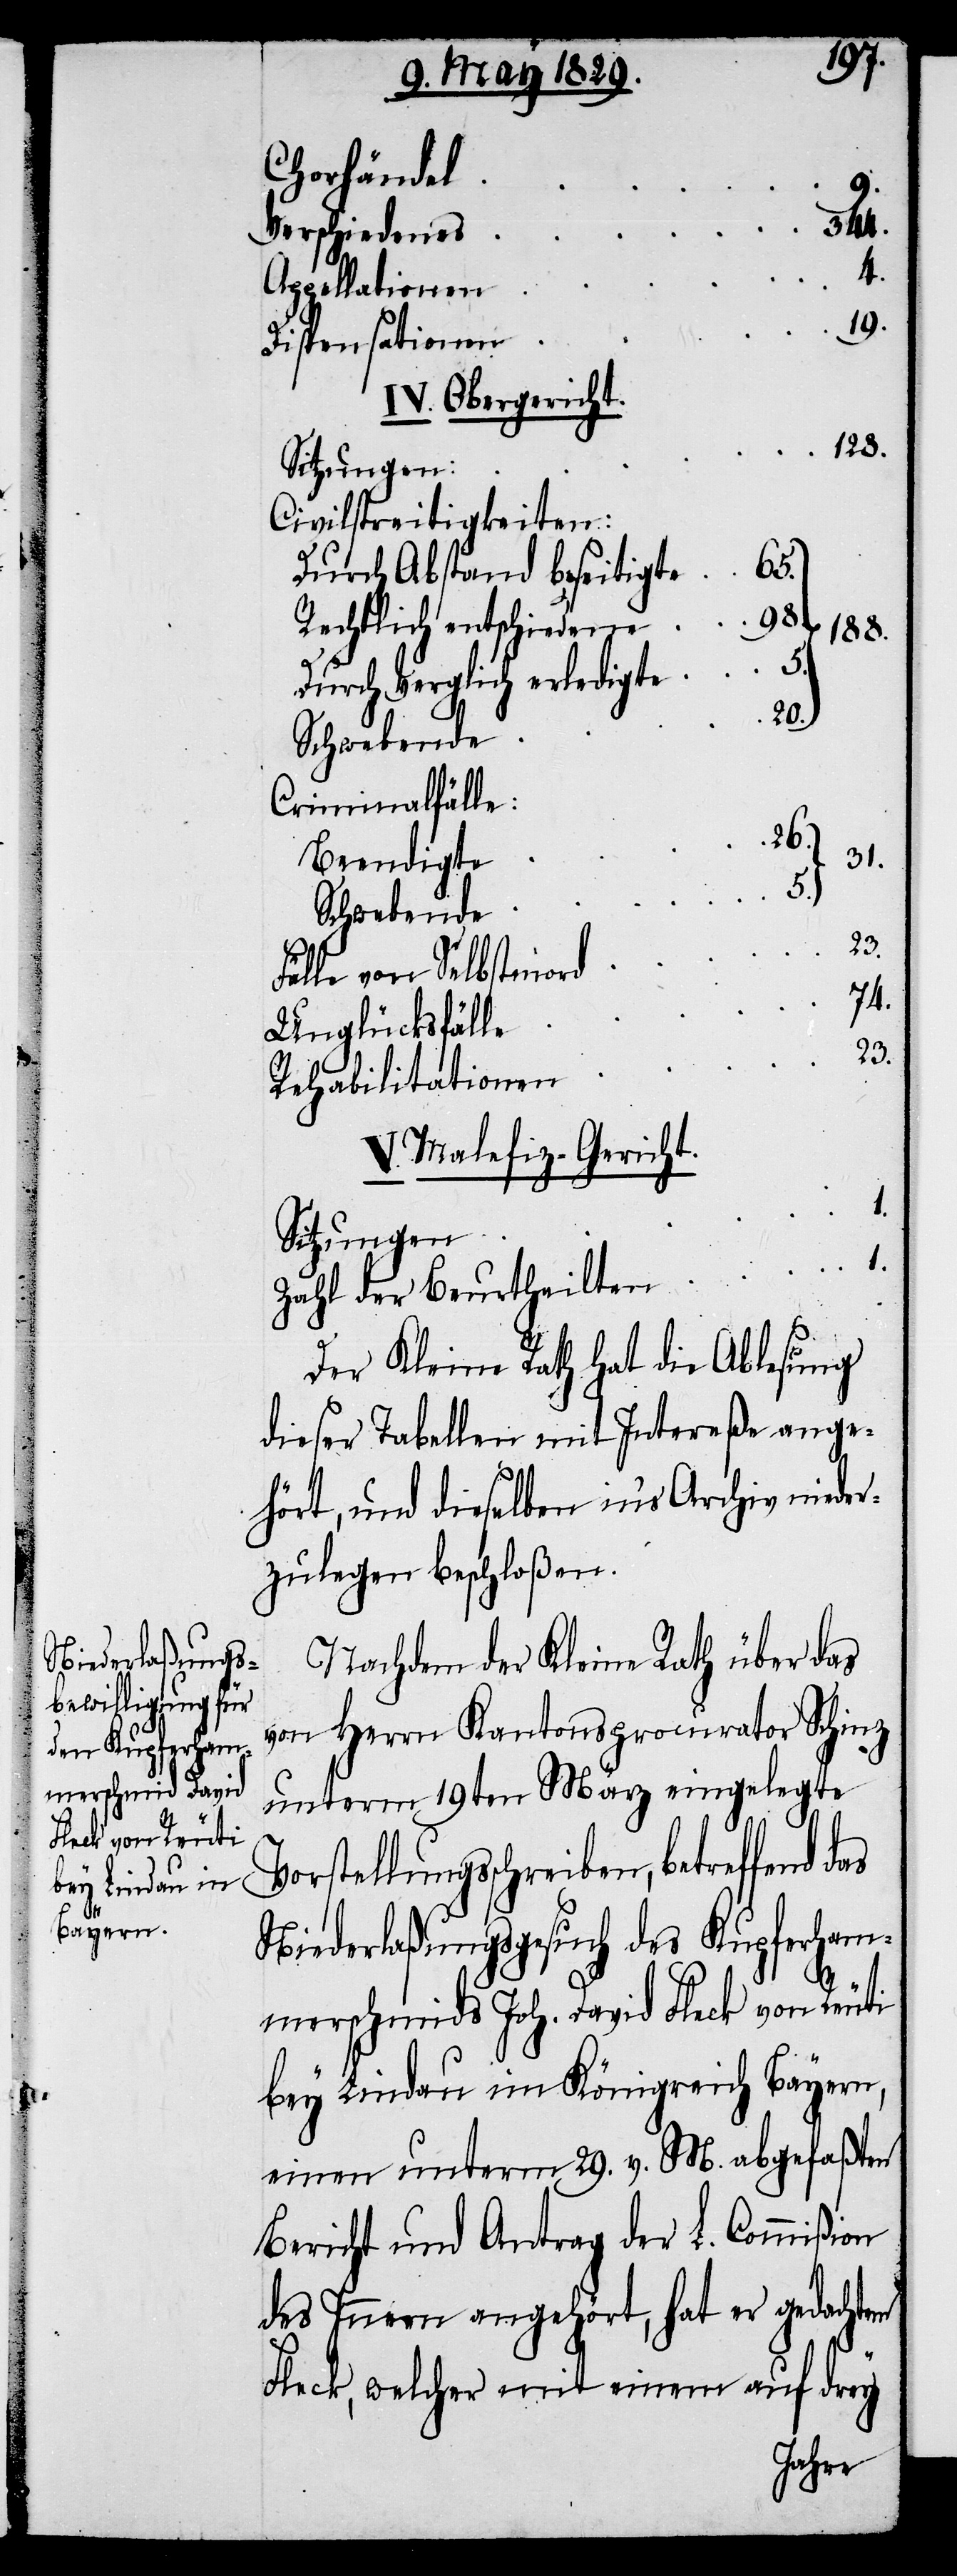
Chorhändel
344.
Verschiedenes
4.
Appellationen
19.
Dispensationen
IV. Obergericht.
128.
Civilstreitigkeiten:
Durch Abstand beseitigte
98.
Rechtlich entschiedene
188.
Durch Vergleich erledigte
20.
Criminalfälle:
26.
31.
Beendigte
5.
Schwebende
23.
Fälle von Selbstmord
74.
Unglücksfälle
Rehabilitationen
V. Malefiz-Gericht.
Sitzungen
1.
Zahl der Beurtheilten
Der Kleine Rath hat die Ablesung
dieser Tabellen mit Intereße ange¬
hört, und dieselben in’s Archiv nieder¬
zulegen beschloßen.
Nachdem der Kleine Rath über das
von Herrn Kantonsprocurator Schinz
unterm 19ten März eingelegte
Vorstellungsschreiben, betreffend das
Niederlaßungsgesuch des Kupferham¬
merschmids Joh. David Fleck von Reuti
bey Lindau im Königreich Bayern,
einen unterm 29. v. M. abgefaßten
Bericht und Antrag der L. Commißion
des Innern angehört, hat er gedachtem
Fleck, welcher mit einem auf drey